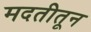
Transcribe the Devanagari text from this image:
मदतीतून